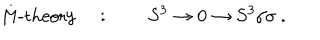
\mathrm { M - t h e o r y } \quad : \qquad S ^ { 3 } \to 0 \to S ^ { 3 } / \sigma ~ .